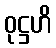
ဝုဋ္ဌဟိ